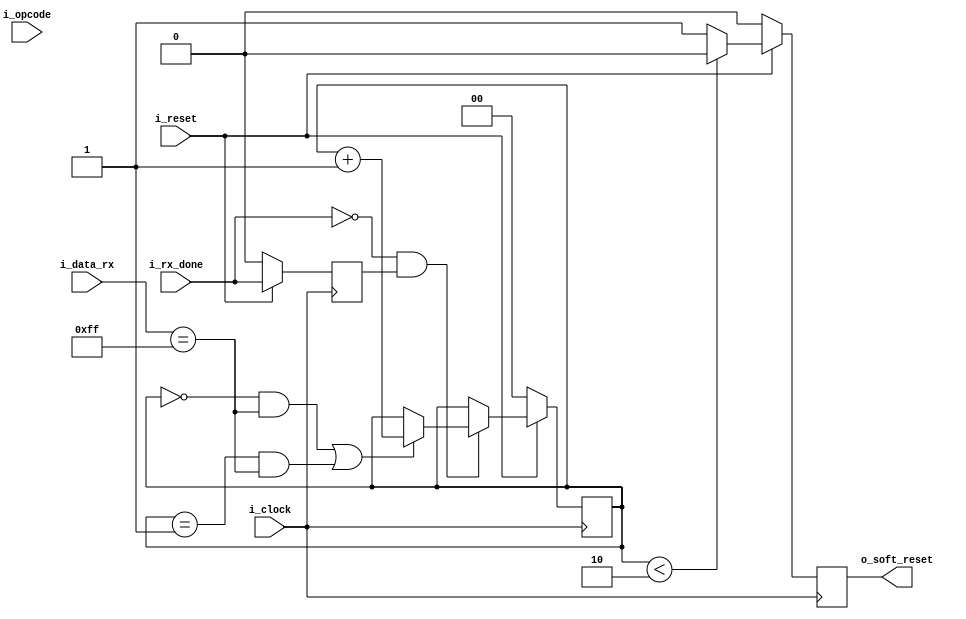
`timescale 1ns / 1ps

//////////////////////////////////////////////////////////////////////////////////
// Company: 
// 
// Design Name: 
// Module Name: interface_circuit
// Project Name: BIPI
// Target Devices: 
// Tool Versions: 
// Description:
// 
// Dependencies: 
// 
// Revision:
// Revision 0.01 - File Created
// Additional Comments:
// 
//////////////////////////////////////////////////////////////////////////////////

module interface
 #(
   parameter CANT_BITS_OPCODE = 5,      //  Cantidad de bits del opcode.
   parameter CC_LENGTH = 11,            //  Cantidad de bits del contador de ciclos.
   parameter ACC_LENGTH = 16,           //  Cantidad de bits del acumulador.
   parameter OUTPUT_WORD_LENGTH = 8   //  Cantidad de bits de la palabra a transmitir.
 )
 (
   input i_clock,
   input i_reset,                                       // HW reset
   input i_rx_done,                            
   input [CANT_BITS_OPCODE - 1 : 0] i_opcode,
   input [OUTPUT_WORD_LENGTH - 1 : 0] i_data_rx,        //datos recibidos (start) 
   output reg o_soft_reset                          //conexion del reset para el resto de los modulos
  );

//output reg o_prueba;

// Registros.
reg [ 5 : 0 ] reg_state;
reg [ 5 : 0 ] reg_next_state;


reg [1 : 0] reg_start_counter;   
reg [1 : 0] reg_next_start_counter;
reg registro_rx_done;


always@( posedge i_clock ) begin //Memory
   // Se resetean los registros.
  if (~ i_reset) begin
      reg_state <= 1;
      registro_rx_done <= 0;
      reg_start_counter <= 0;
      o_soft_reset <= 0; 
  end

  else begin
      registro_rx_done <= i_rx_done;
      reg_state <= reg_next_state;
      reg_start_counter <= reg_next_start_counter;
      if (reg_start_counter < 2'b10) begin
        o_soft_reset <= 0; 
      end
      else begin 
        o_soft_reset <= 1;//al detectar seal de start comienza a contar el PC 
      end
  end
end


always@(*) begin 
    if (~i_rx_done & registro_rx_done) begin  //al recibir un dato
        if (((reg_start_counter == 0) && //detecto seal de START ff ff
            (i_data_rx == 8'hff)) ||
            ((reg_start_counter == 1) && 
            (i_data_rx == 8'hff))) begin  
            
            reg_next_start_counter = reg_start_counter + 1;
        
        end
        else begin
            reg_next_start_counter = reg_start_counter;
        end
    end    
    else begin
        reg_next_start_counter = reg_start_counter;
    end
end


endmodule